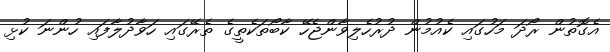
އެގޮތުން ރޯދަ މަހުގައި ކެއުމުން ދުރުހެލިވާންޖެހޭ ކާބޯތަކެތީގެ ތެރޭގައި ހަވާދުލާފައި ހުންނަ ކުޅި